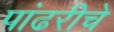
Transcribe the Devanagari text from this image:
पांढरीचे